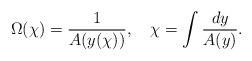
LaTeX: \begin{align*}\Omega(\chi) = \frac{1}{A(y(\chi))},\hspace{1em} \chi = \int \frac{dy}{A(y)}.\end{align*}